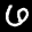
Label: 6